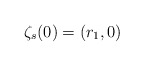
\begin{align*}\zeta_s(0)=(r_1,0)\end{align*}